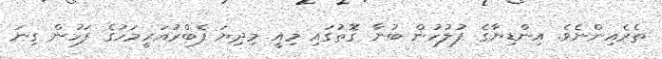
ތެރެއިންނެވެ. އިންޑިޔާގެ ފުލުހުން ބުނާ ގޮތުގައި މިއީ މިދިޔަ ފެބްރުއަރީމަހުގެ ފަހުން ގިނަ